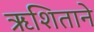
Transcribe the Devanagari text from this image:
ऋशिताने